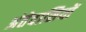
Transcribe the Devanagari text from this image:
अंतेवासियों